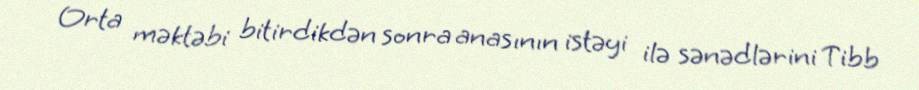
Orta məktəbi bitirdikdən sonra anasının istəyi ilə sənədlərini Tibb